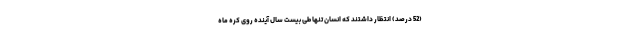
(52 درصد) انتظار داشتند که انسان تنها طی بیست سال آینده روی کره ماه